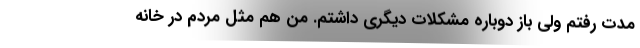
مدت رفتم ولی باز دوباره مشکلات دیگری داشتم. من هم مثل مردم در خانه